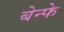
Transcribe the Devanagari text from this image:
बेन्फे